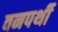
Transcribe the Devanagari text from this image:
वनपर्थी